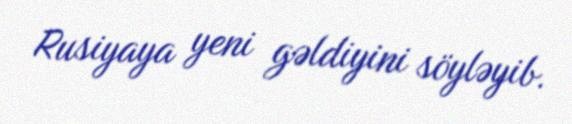
Rusiyaya yeni gəldiyini söyləyib.